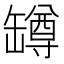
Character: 罇